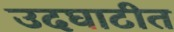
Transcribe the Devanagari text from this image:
उदघाटीत